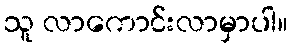
သူ လာကောင်းလာမှာပါ။